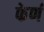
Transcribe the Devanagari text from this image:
फेर्ण